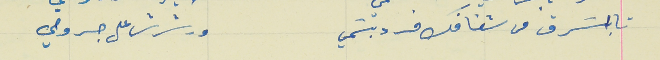
تا إسَرق من شفافك فرد بسَمي                                ورشرش على جروحي